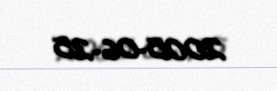
2005-06-25